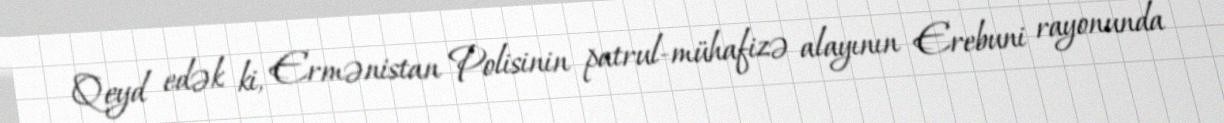
Qeyd edək ki, Ermənistan Polisinin patrul-mühafizə alayının Erebuni rayonunda